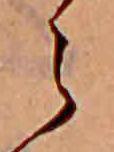
ら